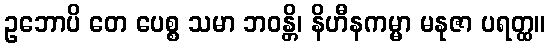
ဥဘောပိ တေ ပေစ္စ သမာ ဘဝန္တိ၊ နိဟီနကမ္မာ မနုဇာ ပရတ္ထ။